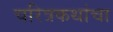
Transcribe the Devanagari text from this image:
चरित्रकथांचा